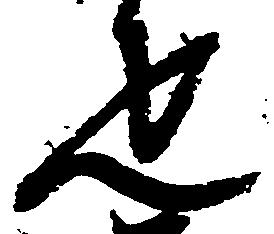
疋